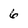
Character: 6